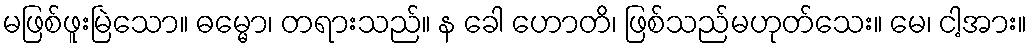
မဖြစ်ဖူးမြဲသော။ ဓမ္မော၊ တရားသည်။ န ခေါ ဟောတိ၊ ဖြစ်သည်မဟုတ်သေး။ မေ၊ ငါ့အား။